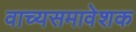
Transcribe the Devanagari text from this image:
वाच्यसमावेशक